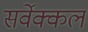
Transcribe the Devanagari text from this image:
सर्वेक्कल